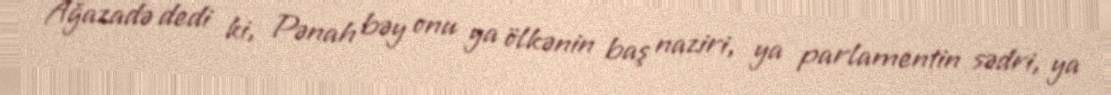
Ağazadə dedi ki, Pənah bəy onu ya ölkənin baş naziri, ya parlamentin sədri, ya